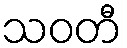
သဝတီ